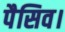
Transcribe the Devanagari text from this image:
पैसिव।